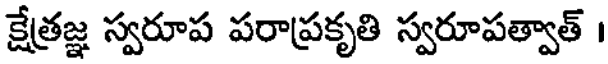
క్షేత్రజ్ఞ స్వరూప పరాప్రకృతి స్వరూపత్వాత్ ।